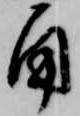
角